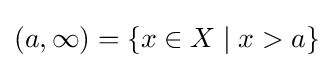
(a,\infty )=\{x\in X\mid x>a\}